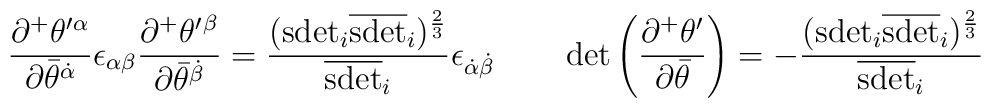
\begin{array}{ll}{\displaystyle\frac{\partial^{+}\theta^{\prime}{}^{\alpha}}{\partial\bar{\theta}^{\dot{\alpha}}} \epsilon_{\alpha\beta}\frac{\partial^{+}\theta^{\prime}{}^{\beta}}{\partial\bar{\theta}^{\dot{\beta}}}=\frac{(\mbox{sdet}_{i}\overline{\mbox{sdet}}_{i})^{\frac{2}{3}}}{\overline{\mbox{sdet}}_{i}}\epsilon_{\dot{\alpha}\dot{\beta}}}~~&~~{\displaystyle\det\left(\frac{\partial^{+}\theta^{\prime}}{\partial \bar{\theta}}\right)=-\frac{(\mbox{sdet}_{i}\overline{\mbox{sdet}}_{i})^{\frac{2}{3}}}{\overline{\mbox{sdet}}_{i}}}\end{array}